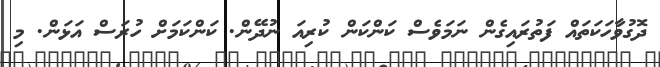
ދޮގުވާހަކަތައް ފަތުރައިގެން ނަމަވެސް ކަންކަން ކުރިއަ ނުދޭން. ކަންކަމަށް ހުރަސް އަޅަން. މި